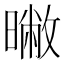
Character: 𣊶